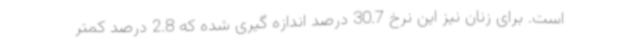
است. برای زنان نیز این نرخ 30.7 درصد اندازه گیری شده که 2.8 درصد کمتر